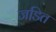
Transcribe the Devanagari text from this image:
जडि़त